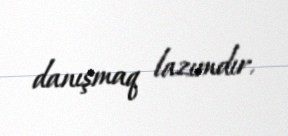
danışmaq lazımdır.